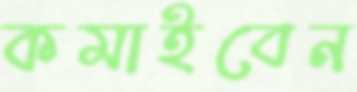
কমাইবেন